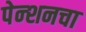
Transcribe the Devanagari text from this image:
पेन्शनचा